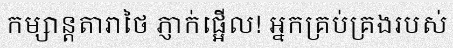
កម្សាន្តតារាថៃ ភ្ញាក់ផ្អើល! អ្នកគ្រប់គ្រងរបស់